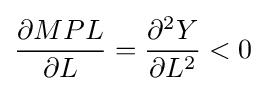
{\frac {\partial MPL}{\partial L}}={\frac {\partial ^{2}Y}{\partial L^{2}}}<0